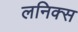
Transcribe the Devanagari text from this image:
लनिक्स